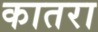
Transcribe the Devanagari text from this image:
कातरा